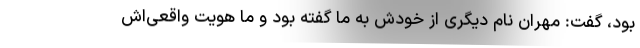
بود، گفت: مهران نام دیگری از خودش به ما گفته بود و ما هویت واقعی‌اش